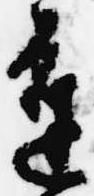
進